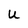
Character: U